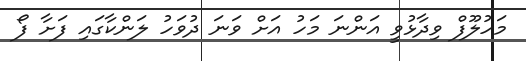
މަހުލޫފް ވިދާޅުވީ އަންނަ މަހު އަށް ވަނަ ދުވަހު ލަންކާގައި ފަށާ ފޯ